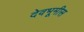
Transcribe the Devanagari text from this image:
देवभूमीस